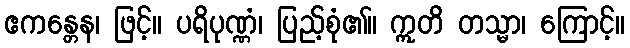
ဧကန္တေန၊ ဖြင့်။ ပရိပုဏ္ဏံ၊ ပြည့်စုံ၏။ ဣတိ တသ္မာ၊ ကြောင့်။